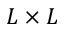
L \times L